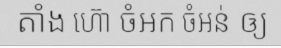
តាំង ហ៊ោ ចំអក ចំអន់ ឲ្យ